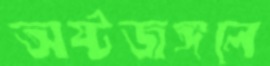
অষ্টজঙ্গলে